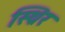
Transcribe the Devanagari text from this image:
स्थ्रिर